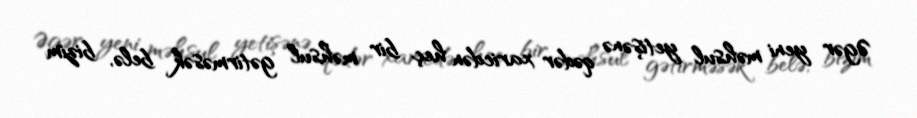
Əgər yeni məhsul yetişənə qədər xaricdən heç bir məhsul gətirməsək belə, bizim